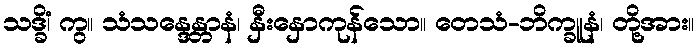
သဒ္ခိံ၊ ကွ။ သံသန္ဒေန္တာနံ၊ နှီးနှောကုန်သော။ တေသံ-ဘိက္ခူနံ၊ တို့အား။